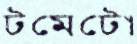
টমেটো